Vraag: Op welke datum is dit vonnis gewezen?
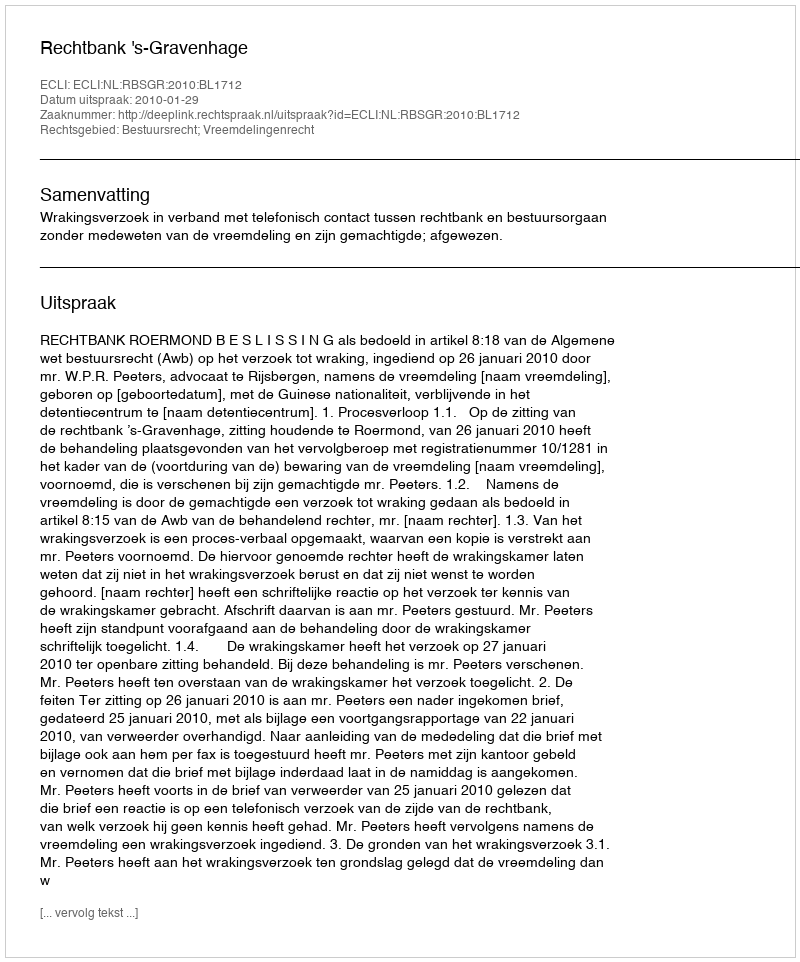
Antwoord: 2010-01-29